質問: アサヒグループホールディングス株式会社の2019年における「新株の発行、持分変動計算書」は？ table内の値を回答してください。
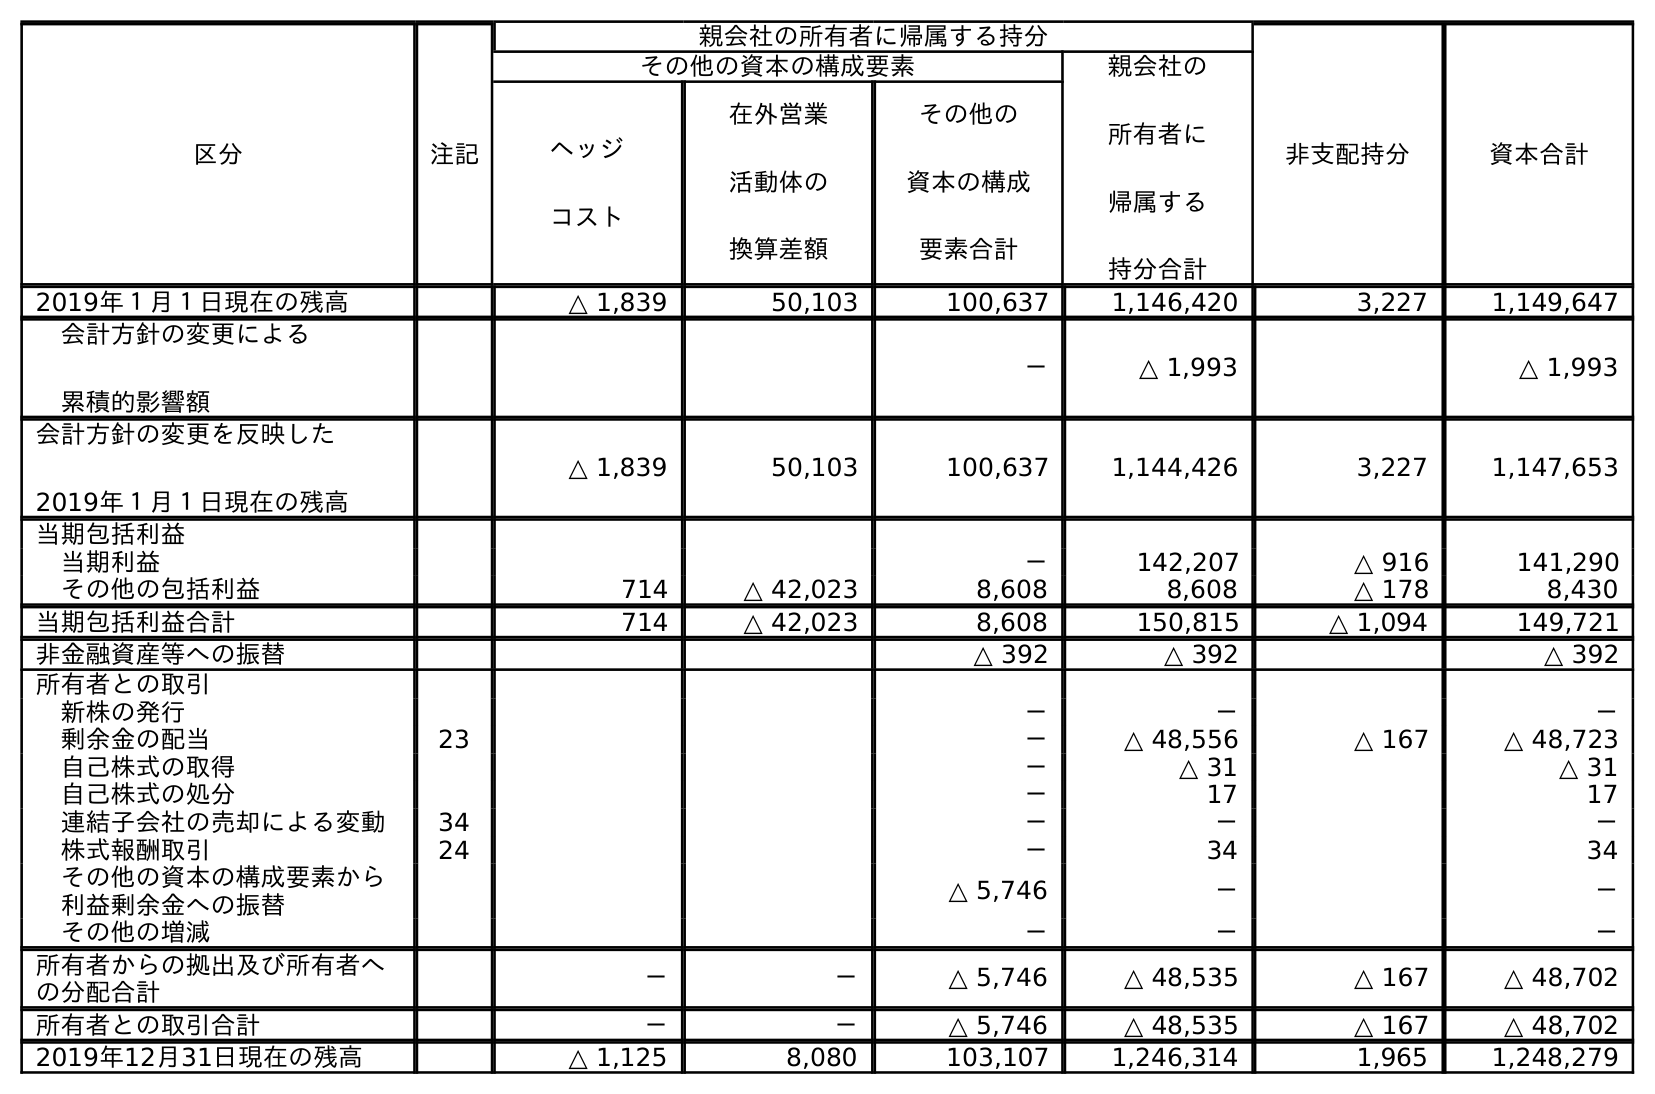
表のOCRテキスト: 区分 注記 親会社の所有者に帰属する持分 非支配持分 資本合計 その他の資本の構成要素 親会社の 所有者に 帰属する 持分合計 ヘッジ コスト 在外営業 活動体の 換算差額 その他の 資本の構成 要素合計 2019年１月１日現在の残高 △ 1,839 50,103 100,637 1,146,420 3,227 1,149,647 会計方針の変更による 累積的影響額 － △ 1,993 △ 1,993 会計方針の変更を反映した 2019年１月１日現在の残高 △ 1,839 50,103 100,637 1,144,426 3,227 1,147,653 当期包括利益 当期利益 － 142,207 △ 916 141,290 その他の包括利益 714 △ 42,023 8,608 8,608 △ 178 8,430 当期包括利益合計 714 △ 42,023 8,608 150,815 △ 1,094 149,721 非金融資産等への振替 △ 392 △ 392 △ 392 所有者との取引 新株の発行 － － － 剰余金の配当 23 － △ 48,556 △ 167 △ 48,723 自己株式の取得 － △ 31 △ 31 自己株式の処分 － 17 17 連結子会社の売却による変動 34 － － － 株式報酬取引 24 － 34 34 その他の資本の構成要素から 利益剰余金への振替 △ 5,746 － － その他の増減 － － － 所有者からの拠出及び所有者へ の分配合計 － － △ 5,746 △ 48,535 △ 167 △ 48,702 所有者との取引合計 － － △ 5,746 △ 48,535 △ 167 △ 48,702 2019年12月31日現在の残高 △ 1,125 8,080 103,107 1,246,314 1,965 1,248,279
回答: －